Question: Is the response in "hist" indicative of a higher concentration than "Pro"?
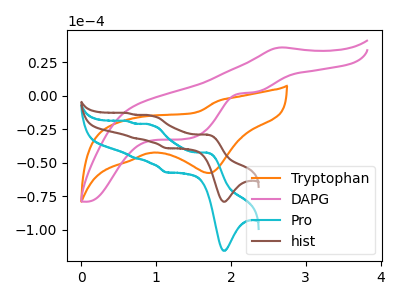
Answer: <think>The orange curve "Tryptophan" has a cathodic peak at: (1.70V, -57.70uA). The pink curve "DAPG" has an anodic peak at (2.70V, 35.85uA) and cathodic peaks at (2.30V, 2.45uA) (1.40V, -32.20uA). The cyan curve "Pro" has anodic peaks at (1.70V, -42.55uA) (0.95V, -21.85uA) (0.70V, -46.40uA) (0.60V, -19.00uA) and cathodic peaks at (1.90V, -115.55uA) (1.15V, -57.25uA). The brown curve "hist" has anodic peaks at (1.70V, -29.10uA) (0.95V, -14.95uA) (0.70V, -31.75uA) (0.60V, -13.00uA) and cathodic peaks at (1.90V, -79.05uA) (1.15V, -39.15uA).
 All the peaks in "hist" have a peak in "Pro" at the same potential.</think>
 <answer>I cant tell if "hist" or "Pro" has more signal.</answer>
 <eval>mixed_signal</eval>